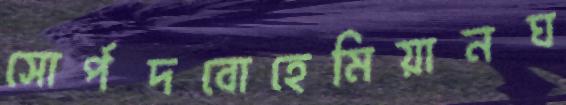
সোর্পদবোহেমিয়ানঘ